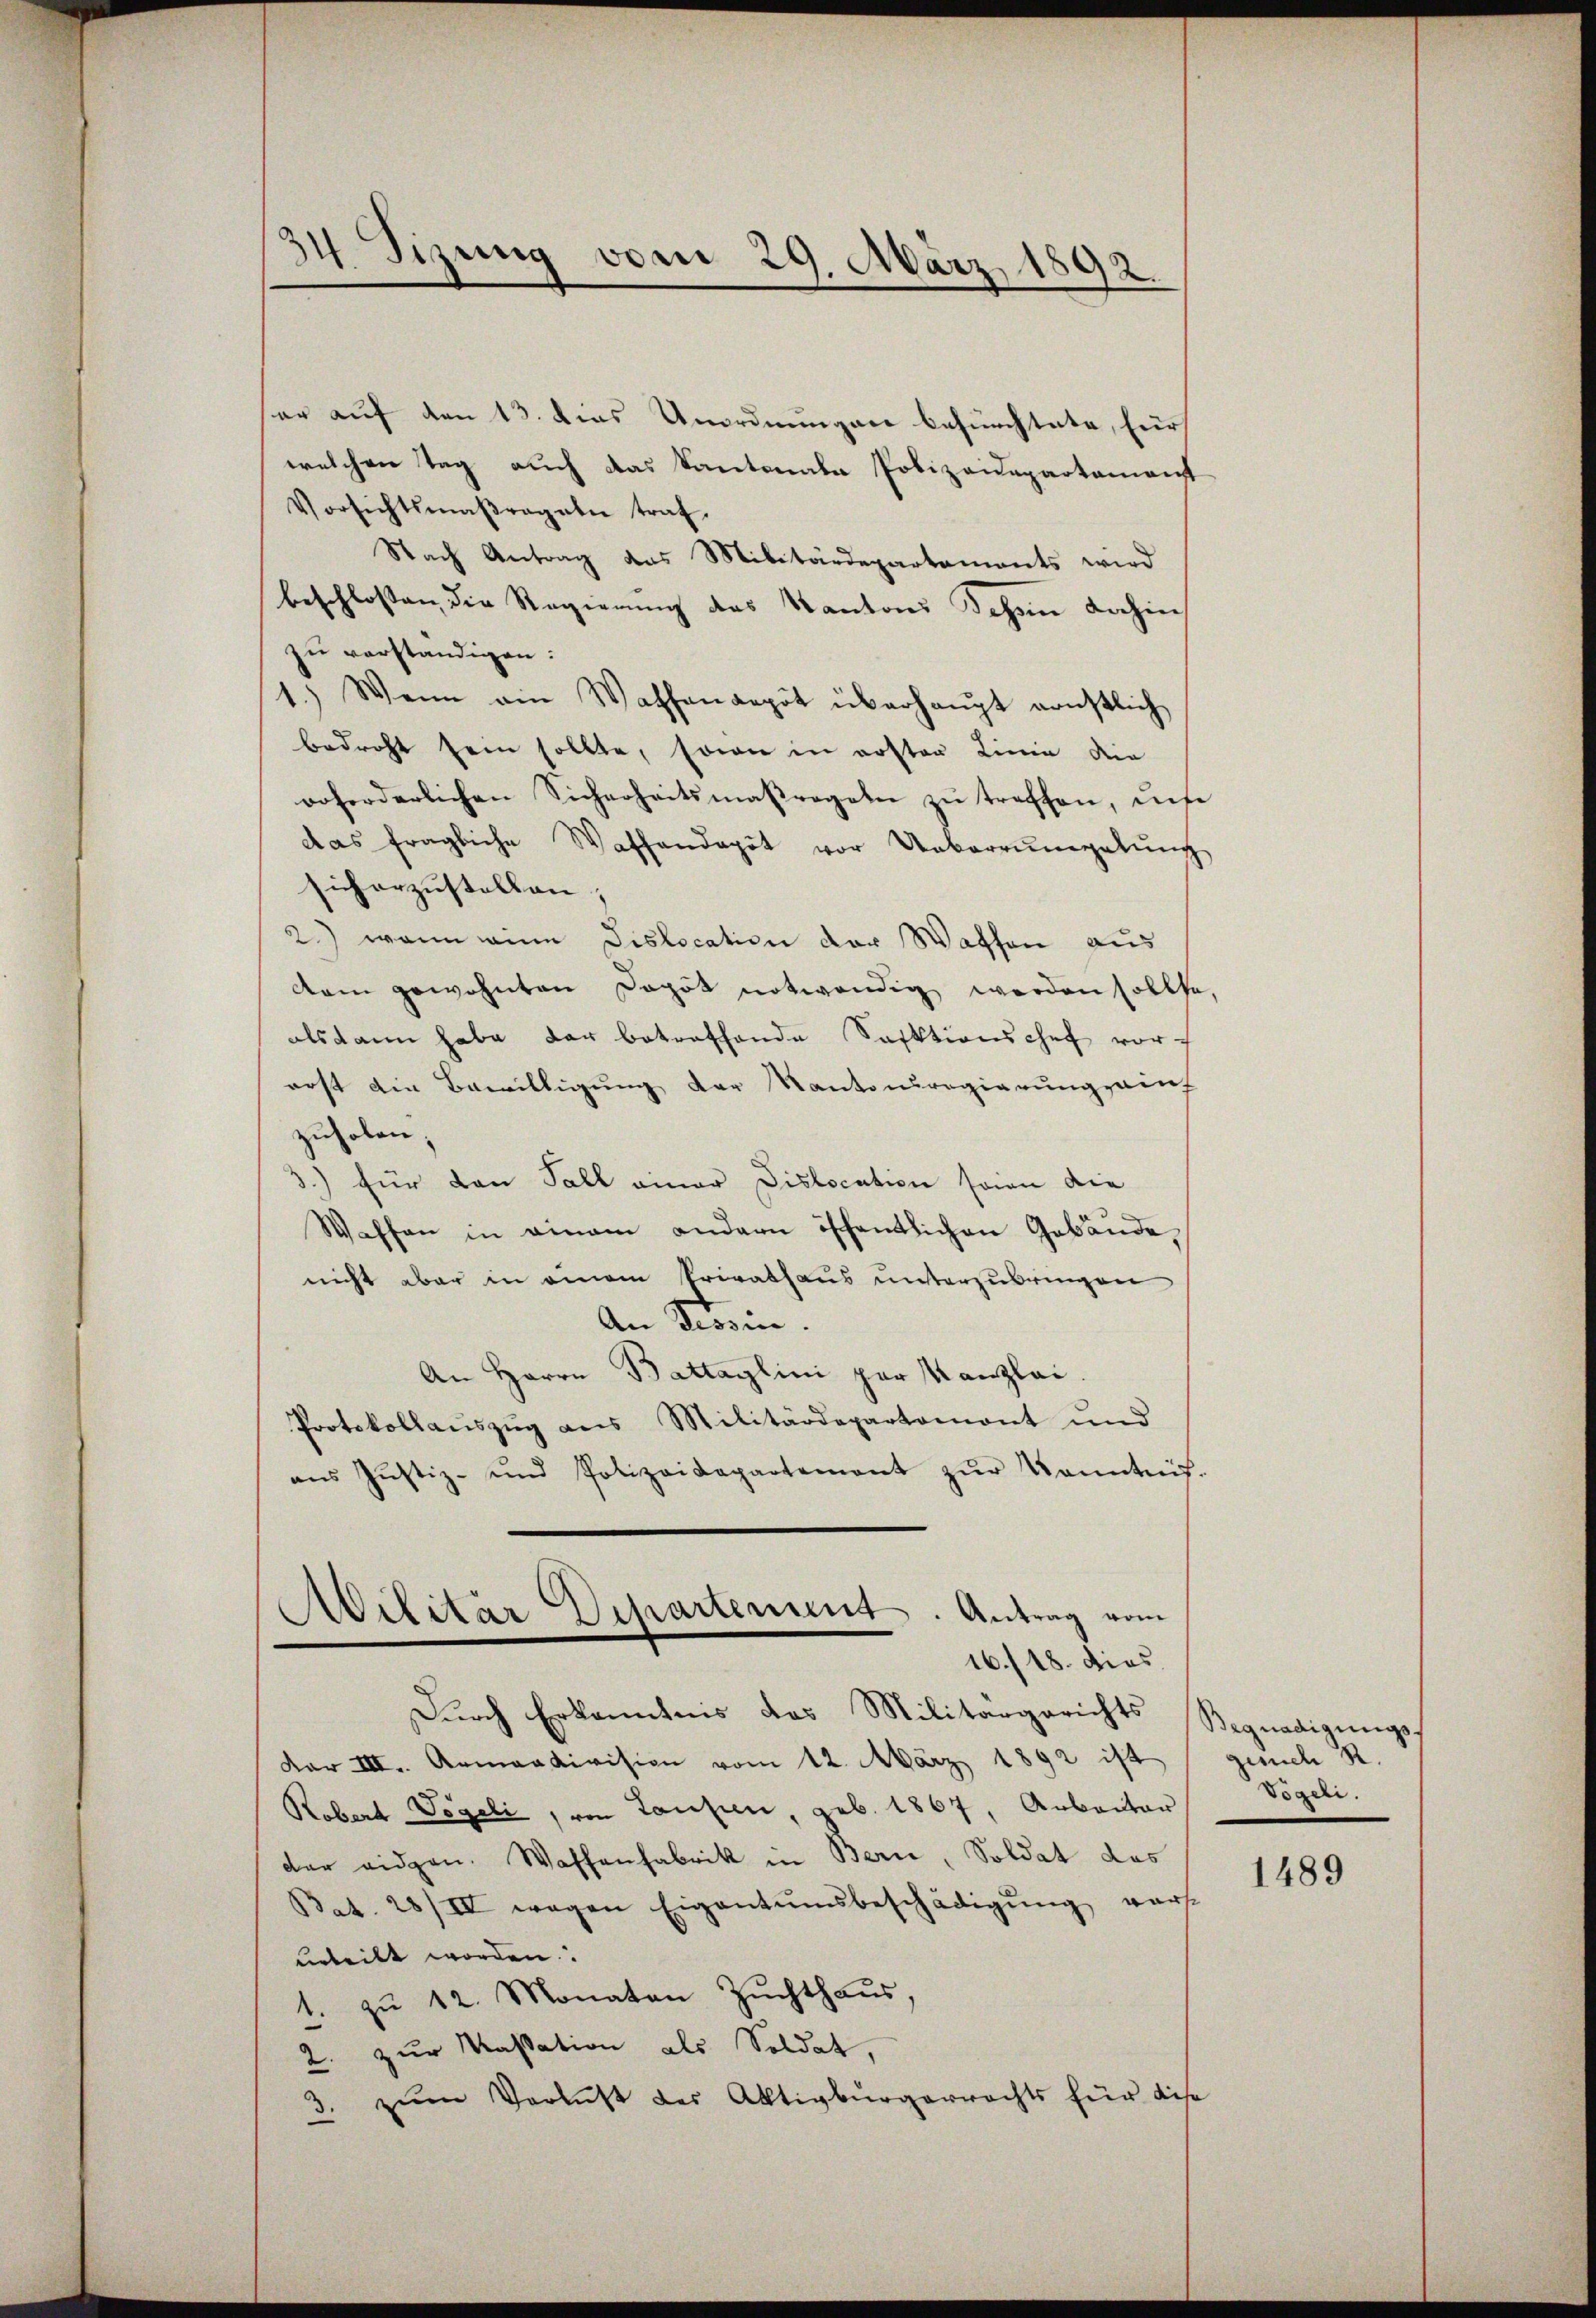
er auf den 13. dies Unordnungen befürchtete, für
welchen Tag auch das Kantonale Polizeidepartement
Vorsichtsmaßregeln traf
Nach Antrag das Militärdepartaments wird
beschlossen die Regierung des Kantons Schin dahin
zu verständigen:
1.) Wenn ein Waffendepot überhaupt ernstlich
bedroht sein sollte, sowie in erster Linie die
ooforderlichen Sicherheitsmaßregeln zŭ treffen, ins
das fragliche Waffendepot vor Ueberrŭmalŭng
sicherzustellen;
2) wenn eine Dislocation der Waffen aus
dam gewohnten Dogot notwendig werden solche
als kann habe der betreffende Sektionschef vor i
erst die Bewilligung der Kantonsregierung einh
zuholen;
) für den Fall einer Dislocation seien die
Waffen in einam andern öffentlichen Gebäude,
nicht aber in einem Privathaus unterzubringen
An Tessin.
An Herrn Battaglini par Kanzlei
Protokollaŭszŭg ans Militärdepartamont und
ans Justiz- und Polizeidepartement zŭr Kenntnis
Avilitar Departement. Antrag vom
16./18. dies
Durch Erkanntnis das Militärgerichts
Dar III. Armandivision vom 12. März 1892 ist
Robert Vögeli, von Laufen, geb. 1867, Anbauter
der eidgen. Waffenfabrik in Bern, Soldat das
Bat. 28/IIV wegen Eigentumsbeschädigŭng vers
urteilt worden.
1. zŭ 12. Monaten Zŭchthaŭs,
2. zur Kassation als Soldat,
3. zŭm Verlust der Aktivbürgerrechts für dies

34 Sizung vom 29. März 1892.

Begnadigungsgesuch R.
Vögeli.

1489